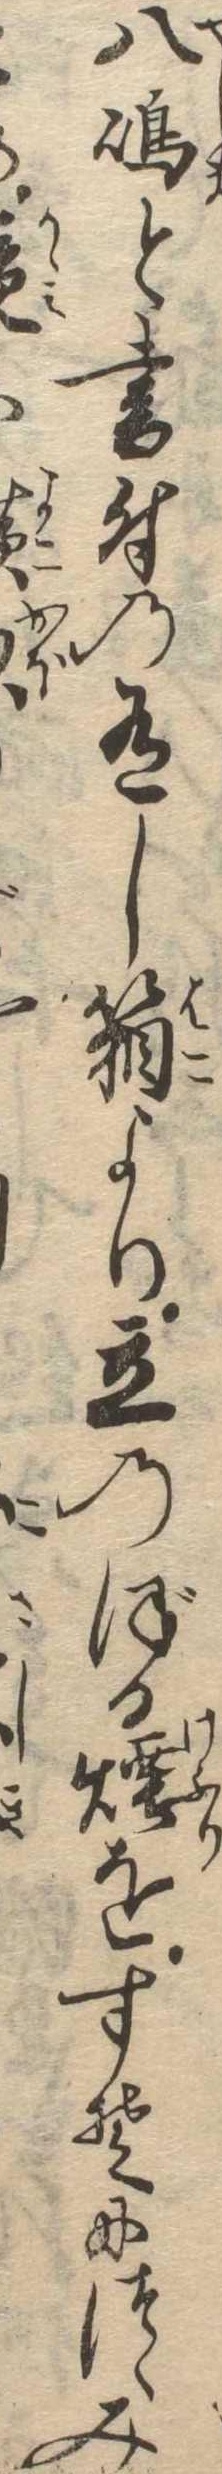
八島と書付の有し箱より立のぼる煙をすそにつゝみ